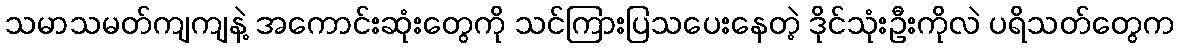
သမာသမတ်ကျကျနဲ့ အကောင်းဆုံးတွေကို သင်ကြားပြသပေးနေတဲ့ ဒိုင်သုံးဦးကိုလဲ ပရိသတ်တွေက